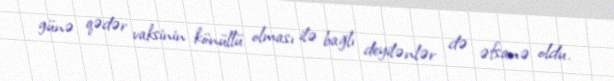
günə qədər vaksinin könüllü olması ilə bağlı deyilənlər də əfsanə oldu.